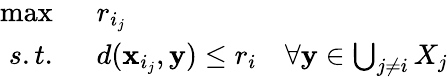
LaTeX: \begin{array}{rl}{\operatorname*{max}\; \; }&{{}{r_{i_{j}}}}\\ {s.t.\; \; }&{{}d(\mathbf{x}_{i_{j}},\mathbf{y})\leq r_{i}\quad\forall\mathbf{y}\in\bigcup_{j\neq i}X_{j}}\end{array}